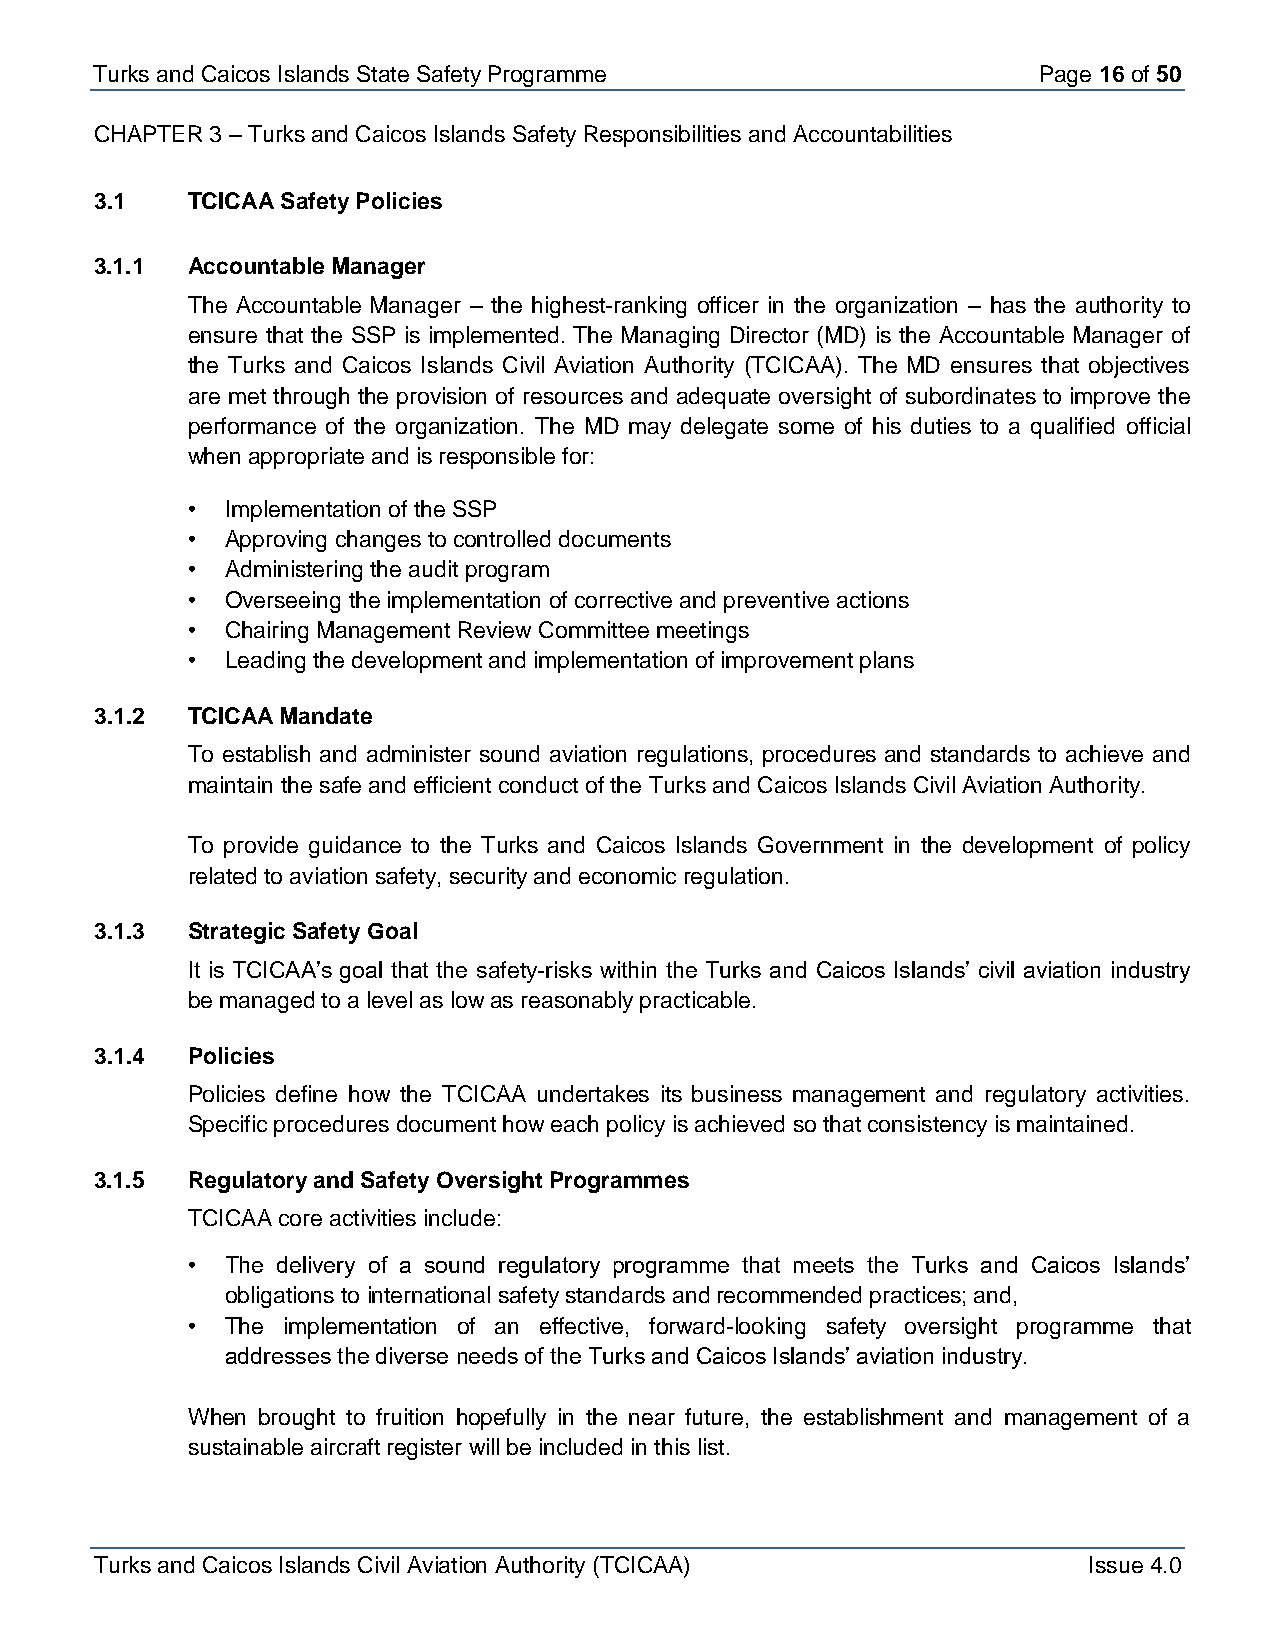
Turks and Caicos Is lands State Safety Programme               Page 16 of 50
 CHAPTER 3 – Turks and Caicos Islands Safety Responsibilities and Accountabilities
 3.1   TCICAA Safety Policies
 3.1.1 Accountable Manager
 The Accountable Manager – the highest-ranking officer in the organization – has the authority to
 ensure that the SSP is implemented. The Managing Director (MD) is the Accountable Manager of
 the Turks and Caicos Islands Civil Aviation Authority (TCICAA). The MD ensures that objectives
 are met through the provision of resources and adequate oversight of subordinates to improve the
 performance of the organization. The MD may delegate some of his duties to a qualified official
 when appropriate and is responsible for:
 •  Implementation of the SSP
 •  Approving changes to controlled documents
 •  Administering the audit program
 •  Overseeing the implementation of corrective and preventive actions
 •  Chairing Management Review Committee meetings
 •  Leading the development and implementation of improvement plans
 3.1.2 TCICAA Mandate
 To establish and administer sound aviation regulations, procedures and standards to achieve and
 maintain the safe and efficient conduct of the Turks and Caicos Islands Civil Aviation Authority.
 To provide guidance to the Turks and Caicos Islands Government in the development of policy
 related to aviation safety, security and economic regulation.
 3.1.3 Strategic Safety Goal
 It is TCICAA’s goal that the safety-risks within the Turks and Caicos Islands’ civil aviation industry
 be managed to a level as low as reasonably practicable.
 3.1.4 Policies
 Policies define how the TCICAA undertakes its business management and regulatory activities.
 Specific procedures document how each policy is achieved so that consistency is maintained.
 3.1.5 Regulatory and Safety Oversight Programmes
 TCICAA core activities include:
 •  The delivery of a sound regulatory programme that meets the Turks and Caicos Islands’
 obligations to international safety standards and recommended practices; and,
 •  The implementation of an effective, forward-looking safety oversight programme that
 addresses the diverse needs of the Turks and Caicos Islands’ aviation industry.
 When brought to fruition hopefully in the near future, the establishment and management of a
 sustainable aircraft register will be included in this list.
 Turks and Caicos Islands Civil Aviation Authority (TCICAA)        Issue 4.0